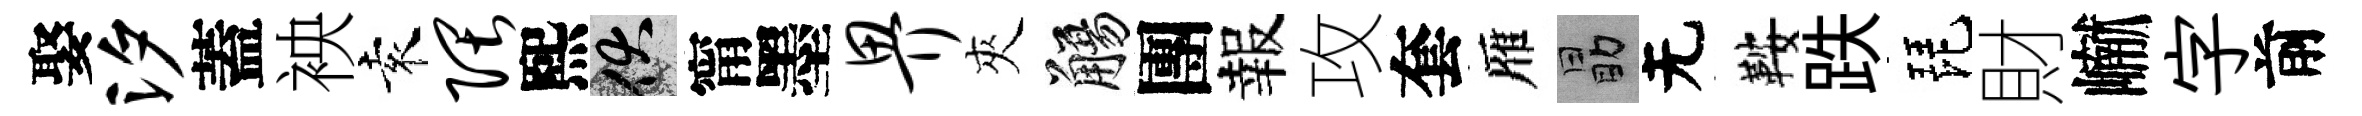
娶汐蓋䘧袁隈熙伏甯墨畀夾觴團報攻套雁勗无鞍跌琵財𪩘字前